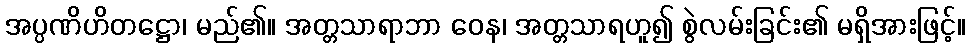
အပ္ပဏိဟိတဋ္ဌော၊ မည်၏။ အတ္တသာရာဘာ ဝေန၊ အတ္တသာရဟူ၍ စွဲလမ်းခြင်း၏ မရှိအားဖြင့်။